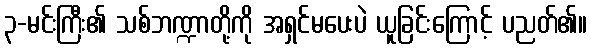
၃-မင်းကြီး၏ သစ်ဘဏ္ဍာတို့ကို အရှင်မပေးပဲ ယူခြင်းကြောင့် ပညတ်၏။